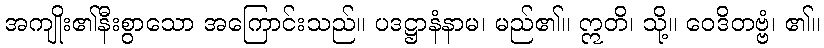
အကျိုး၏နီးစွာသော အကြောင်းသည်။ ပဒဋ္ဌာနံနာမ၊ မည်၏။ ဣတိ၊ သို့။ ဝေဒိတဗ္ဗံ၊ ၏။